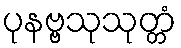
ပုနဗ္ဗသုသုတ္တံ